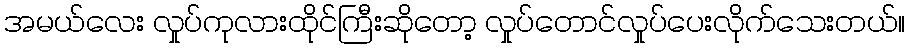
အမယ်လေး လှုပ်ကုလားထိုင်ကြီးဆိုတော့ လှုပ်တောင်လှုပ်ပေးလိုက်သေးတယ်။